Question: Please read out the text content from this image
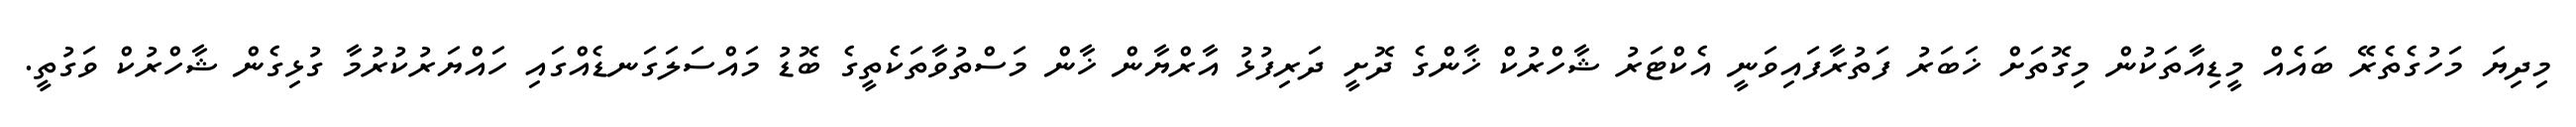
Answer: މިދިޔަ މަހުގެތެރޭ ބައެއް މީޑިއާތަކުން މިގޮތަށް ޚަބަރު ފަތުރާފައިވަނީ އެކްޓަރު ޝާހްރުކް ޚާންގެ ދޮށީ ދަރިފުޅު އާރްޔާން ޚާން މަސްތުވާތަކެތީގެ ބޮޑު މައްސަލަގަނޑެއްގައި ހައްޔަރުކުރުމާ ގުޅިގެން ޝާހްރުކް ވަގުތީ.